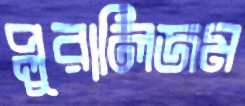
প্লুরালিজম